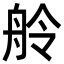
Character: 舲